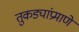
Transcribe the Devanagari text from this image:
तुकड्यांप्रमाणे